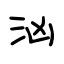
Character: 汹